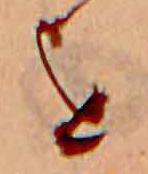
を